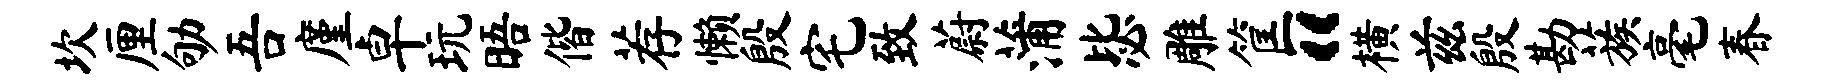
坎厘劬吾廑卓玩晤偕荐懒殷宅致蔚蒲毖雕筐“横兹殷勘蔟毫春